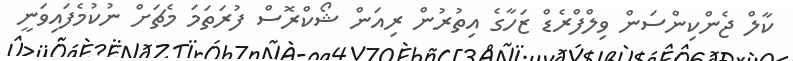
ކާލް ޖެންކިންސަން ވިލްފްރެޑް ޒަހާގެ އިތުރުން ރިއަން ޝޯކްރޮސް ފުރަތަމަ މެޗަށް ނުކުމެފައިވަނީ